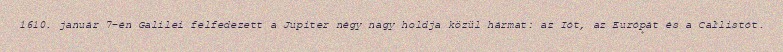
1610. január 7-én Galilei felfedezett a Jupiter négy nagy holdja közül hármat: az Iót, az Európát és a Callistót.